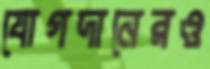
যোগদানেরও